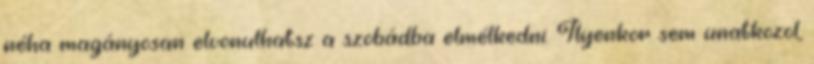
néha magányosan elvonulhatsz a szobádba elmélkedni. Ilyenkor sem unatkozol,